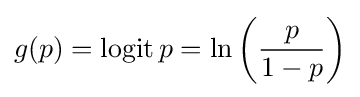
g(p)=\operatorname {logit} p=\ln \left({p \over 1-p}\right)